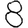
Digit: 8